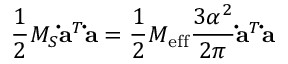
\frac 1 2 M _ { S } { \bf \dot { a } } ^ { T } { \bf \dot { a } } = \frac 1 2 M _ { \mathrm { e f f } } \frac { 3 \alpha ^ { 2 } } { 2 \pi } { \bf \dot { a } } ^ { T } { \bf \dot { a } }